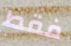
فقط